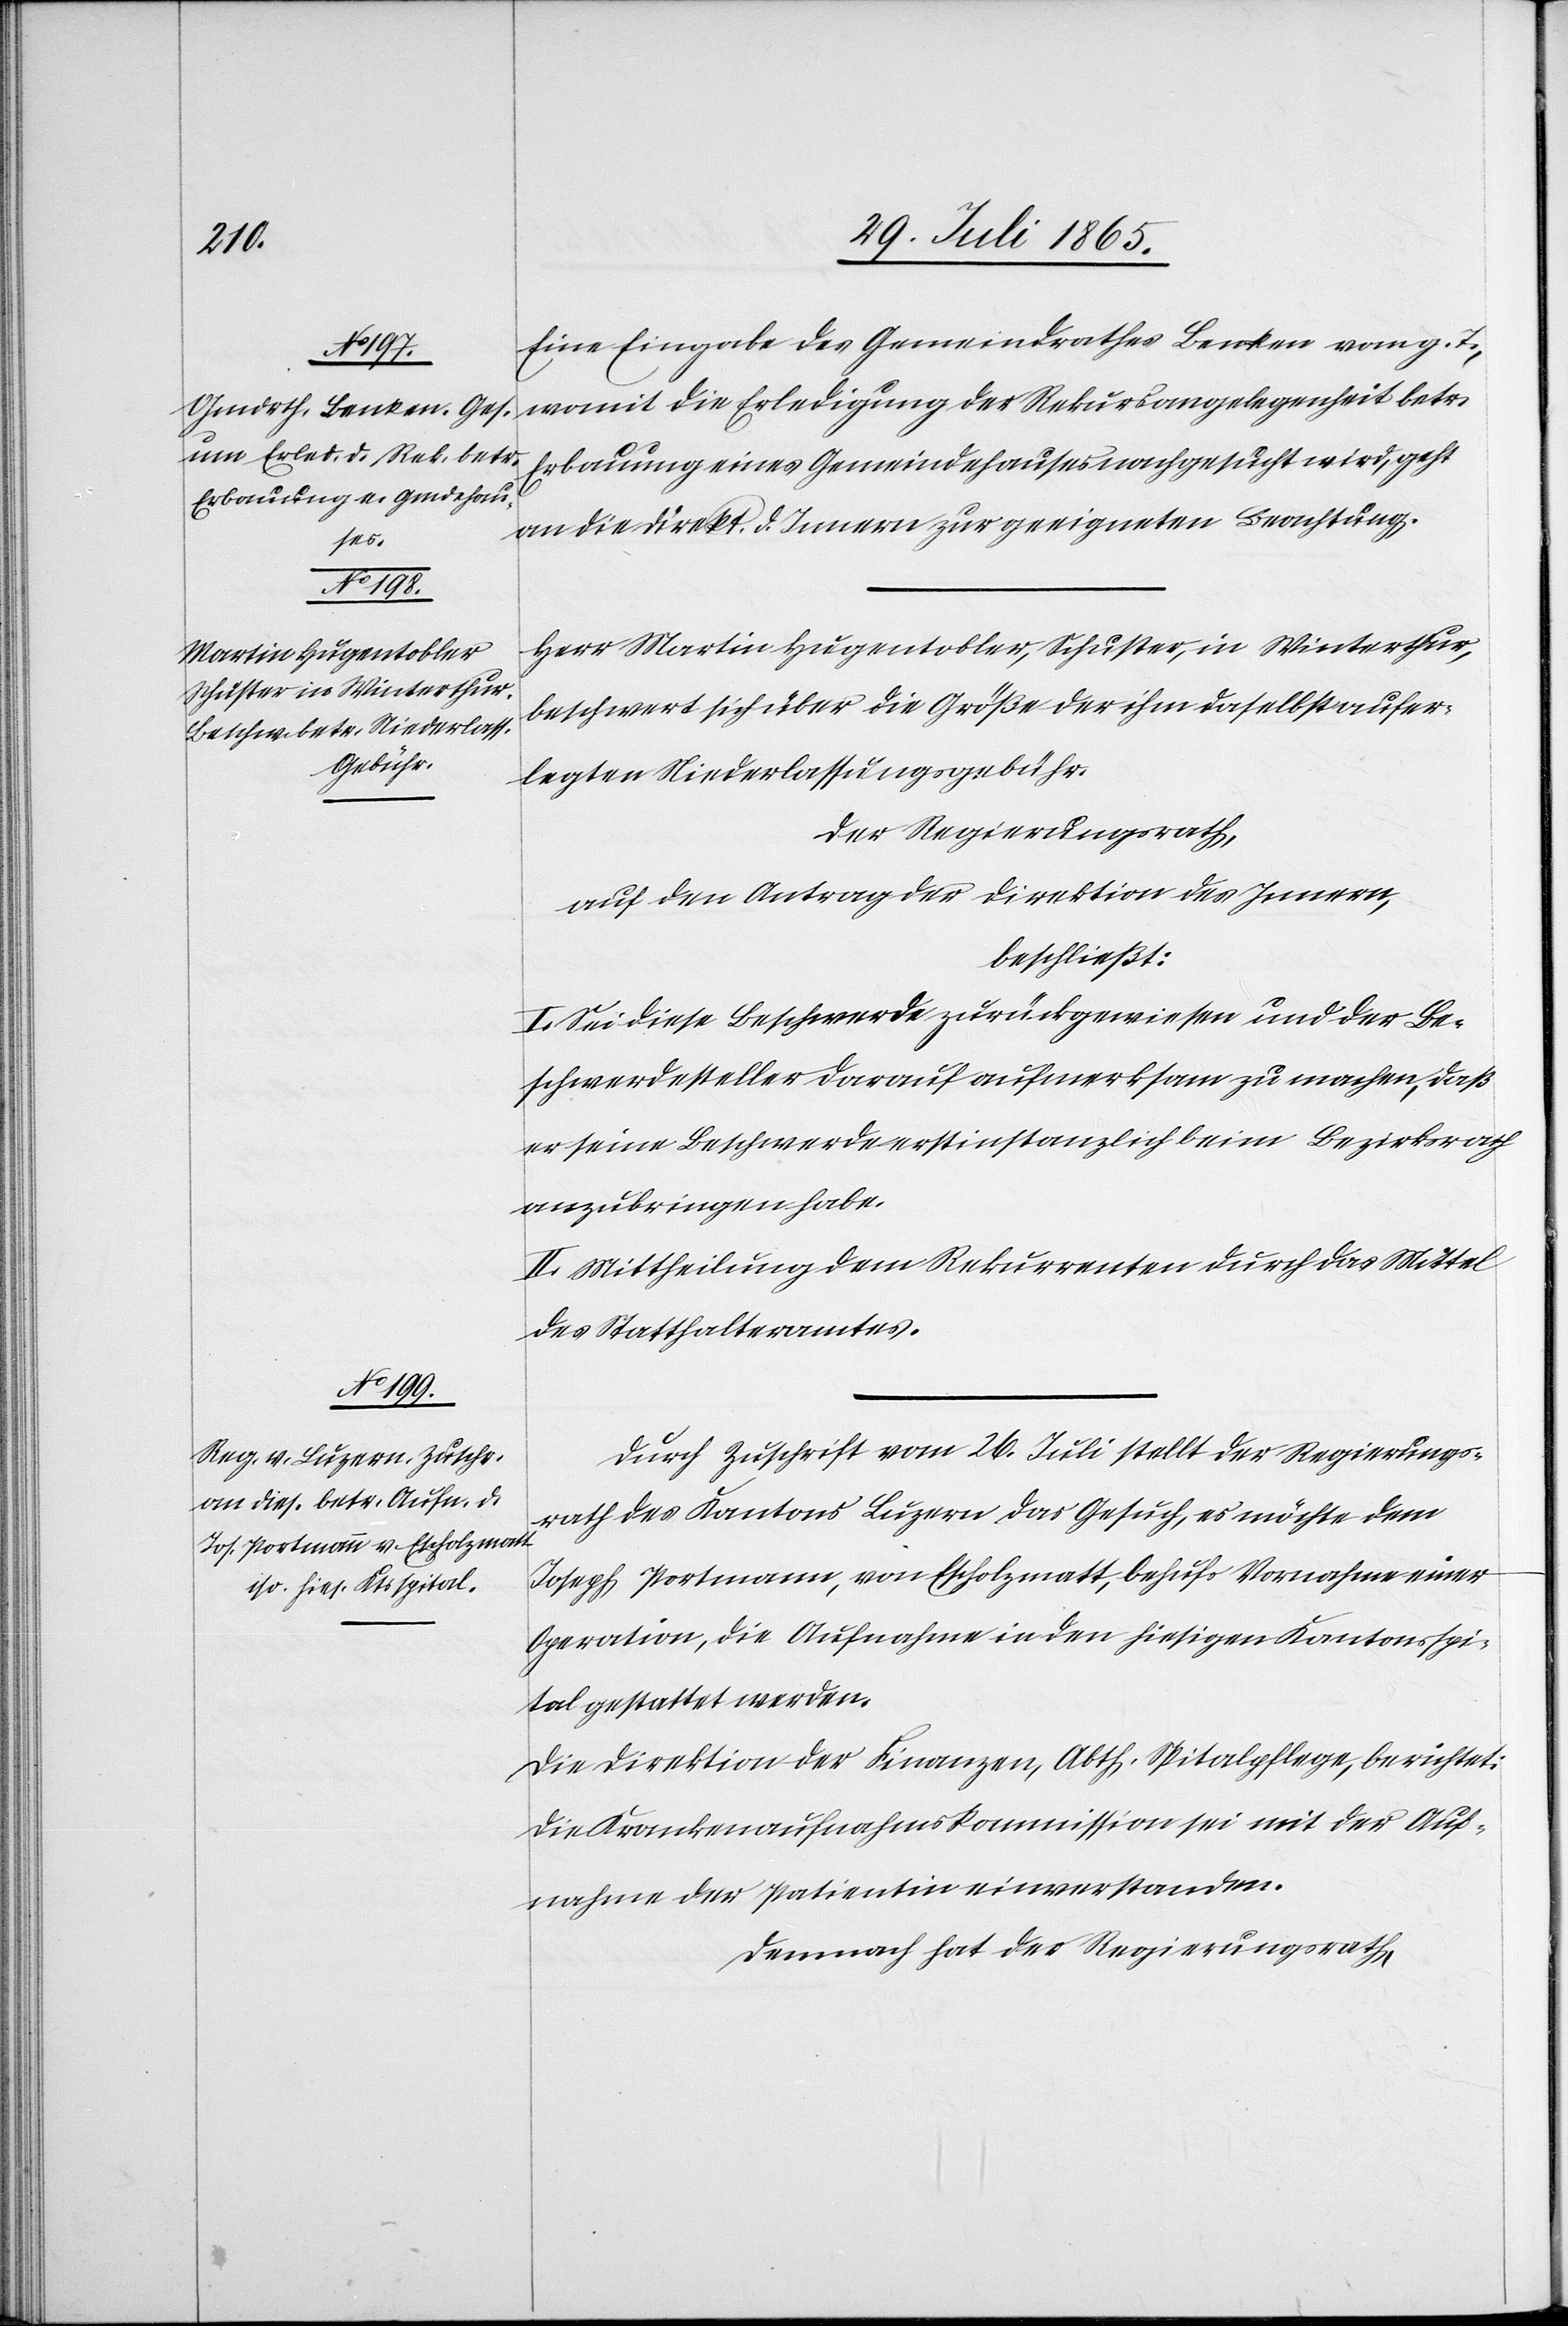
Eine Eingabe des Gemeindrathes Benken vom g. T.,
womit die Erledigung der Rekursangelegenheit betr.
Erbauung eines Gemeindehauses nachgesucht wird, geht
an die Direkt. d. Innern zur geeigneten Beachtung.
Herr Martin Hugentobler, Schuster, in Winterthur,
beschwert sich über die Größe der ihm daselbst aufer¬
legten Niederlassungsgebühr.
Der Regierungsrath,
auf den Antrag der Direktion des Innern,
beschließt:
I. Sei diese Beschwerde zurückgewiesen und der Be¬
schwerdesteller darauf aufmerksam zu machen, daß
er seine Beschwerde erstinstanzlich beim Bezirksrath
anzubringen habe.
II. Mittheilung dem Rekurrenten durch das Mittel
des Statthalteramtes.
Durch Zuschrift vom 26. Juli stellt der Regierungs¬
rath des Kantons Luzern das Gesuch, es möchte dem
Joseph Portmann, von Escholzmatt, behufs Vornahme einer
Operation, die Aufnahme in den hiesigen Kantonsspi¬
tal gestattet werden.
Die Direktion der Finanzen, Abth. Spitalpflege, berichtet:
Die Krankenaufnahmskommission sei mit der Auf¬
nahme der Patientin [sic!] einverstanden.
Demnach hat der Regierungsrath,